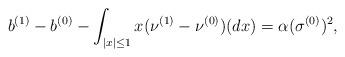
LaTeX: \begin{align*}b^{(1)}-b^{(0)}-\int_{|x|\leq 1}x(\nu^{(1)}-\nu^{(0)})(dx)=\alpha(\sigma^{(0)})^2,\end{align*}